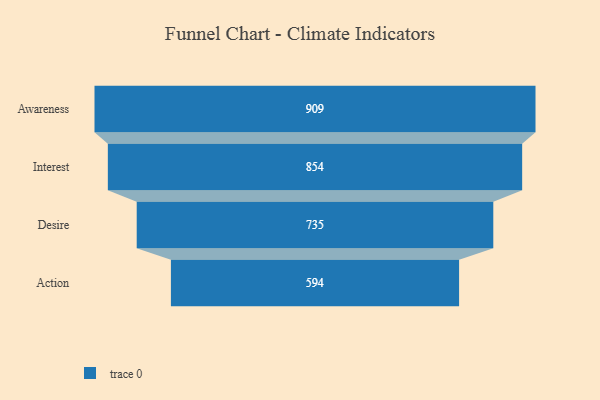
{"axis": {"x": "Stage", "y": "Value"}, "legend": [""], "data": [{"x": "Awareness", "y": 909.0, "type": ""}, {"x": "Interest", "y": 854.0, "type": ""}, {"x": "Desire", "y": 735.0, "type": ""}, {"x": "Action", "y": 594.0, "type": ""}]}